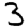
Digit: 3